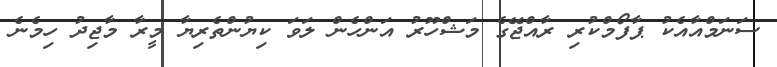
ސަނަމްއާއެކު ޕާފޯމްކުރި ރާއްޖޭގެ މަޝްހޫރު އަންހެން ލަވަ ކިޔުންތެރިޔާ މީރާ މާޖިދު ހިމެނެ